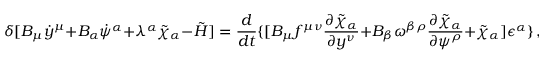
\delta [ B _ { \mu } \dot { y } ^ { \mu } + B _ { \alpha } \dot { \psi } ^ { \alpha } + \lambda ^ { \alpha } \tilde { \chi } _ { \alpha } - \tilde { H } ] = { \frac { d } { d t } } \{ [ B _ { \mu } f ^ { \mu \nu } { \frac { \partial \tilde { \chi } _ { \alpha } } { \partial y ^ { \nu } } } + B _ { \beta } \omega ^ { \beta \rho } { \frac { \partial \tilde { \chi } _ { \alpha } } { \partial \psi ^ { \rho } } } + \tilde { \chi } _ { \alpha } ] \epsilon ^ { \alpha } \} \, ,